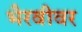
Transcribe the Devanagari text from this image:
भैरवीवर